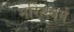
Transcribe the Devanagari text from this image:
मरित्स्बर्ग